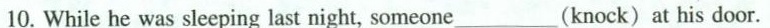
10. While he was sleeping last night, someone____(knock) at his door.